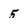
Character: 5